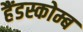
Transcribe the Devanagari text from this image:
हैंडस्कोम्ब